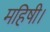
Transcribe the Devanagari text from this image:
महिषी।